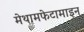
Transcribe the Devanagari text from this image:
मेथामफेटामाइन